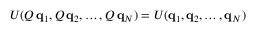
U ( Q \, \mathbf { q } _ { 1 } , Q \, \mathbf { q } _ { 2 } , \dots , Q \, \mathbf { q } _ { N } ) = U ( \mathbf { q } _ { 1 } , \mathbf { q } _ { 2 } , \dots , \mathbf { q } _ { N } )